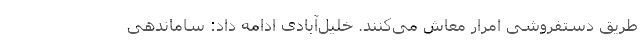
طریق دستفروشی امرار معاش می‌کنند. خلیل‌آبادی ادامه داد: ساماندهی